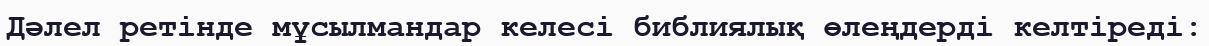
Дәлел ретінде мұсылмандар келесі библиялық өлеңдерді келтіреді: